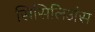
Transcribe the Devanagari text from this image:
सिसिलिअंस